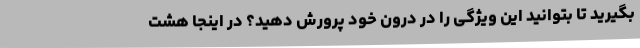
بگیرید تا بتوانید این ویژگی را در درون خود پرورش دهید؟ در اینجا هشت